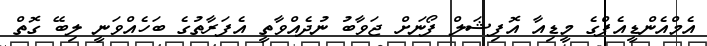
އެމްއެންޑީއެފްގެ މީޑިއާ އޮފިޝަލް ފޯނަށް ޖަވާބު ނުދެއްވާތީ އެފަރާތުގެ ބަހެއްވަނީ ލިބޭ ގޮތް